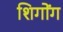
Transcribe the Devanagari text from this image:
शिगोंग